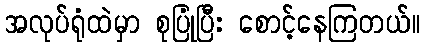
အလုပ်ရုံထဲမှာ စုပြုံပြီး စောင့်နေကြတယ်။